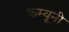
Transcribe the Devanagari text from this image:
कम्यूनी